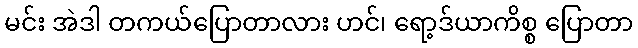
မင်း အဲဒါ တကယ်ပြောတာလား ဟင်၊ ရော့ဒ်ယာကိစ္စ ပြောတာ